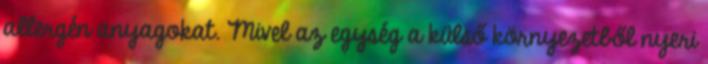
allergén anyagokat. Mivel az egység a külső környezetből nyeri